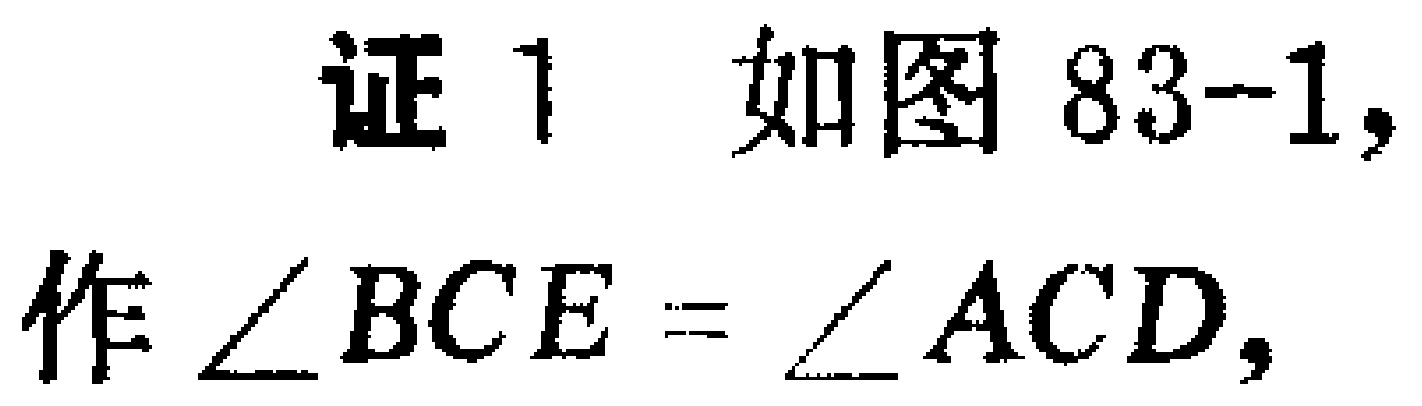
证 1 如图 83-1, 作\(\angle BCE = \angle ACD\)，